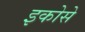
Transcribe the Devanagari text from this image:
इकोसे